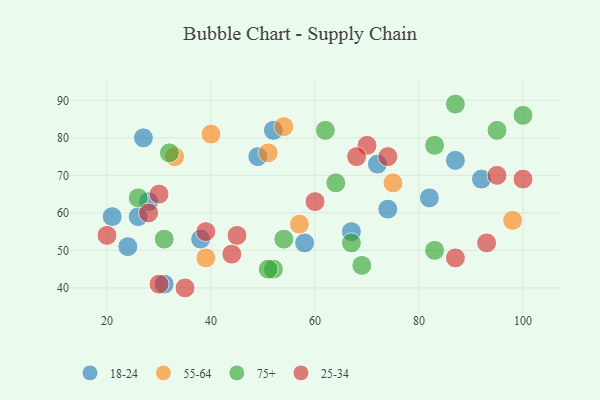
{"axis": {"x": "GDP", "y": "Life Expectancy"}, "legend": ["18-24", "25-34", "55-64", "75+"], "data": [{"x": "24", "y": 51, "type": "18-24"}, {"x": "72", "y": 73, "type": "18-24"}, {"x": "31", "y": 41, "type": "18-24"}, {"x": "58", "y": 52, "type": "18-24"}, {"x": "28", "y": 63, "type": "18-24"}, {"x": "52", "y": 82, "type": "18-24"}, {"x": "92", "y": 69, "type": "18-24"}, {"x": "21", "y": 59, "type": "18-24"}, {"x": "67", "y": 55, "type": "18-24"}, {"x": "82", "y": 64, "type": "18-24"}, {"x": "27", "y": 80, "type": "18-24"}, {"x": "87", "y": 74, "type": "18-24"}, {"x": "49", "y": 75, "type": "18-24"}, {"x": "74", "y": 61, "type": "18-24"}, {"x": "38", "y": 53, "type": "18-24"}, {"x": "26", "y": 59, "type": "18-24"}, {"x": "40", "y": 81, "type": "55-64"}, {"x": "39", "y": 48, "type": "55-64"}, {"x": "33", "y": 75, "type": "55-64"}, {"x": "57", "y": 57, "type": "55-64"}, {"x": "75", "y": 68, "type": "55-64"}, {"x": "54", "y": 83, "type": "55-64"}, {"x": "51", "y": 76, "type": "55-64"}, {"x": "98", "y": 58, "type": "55-64"}, {"x": "67", "y": 52, "type": "75+"}, {"x": "32", "y": 76, "type": "75+"}, {"x": "64", "y": 68, "type": "75+"}, {"x": "54", "y": 53, "type": "75+"}, {"x": "52", "y": 45, "type": "75+"}, {"x": "83", "y": 78, "type": "75+"}, {"x": "51", "y": 45, "type": "75+"}, {"x": "100", "y": 86, "type": "75+"}, {"x": "62", "y": 82, "type": "75+"}, {"x": "69", "y": 46, "type": "75+"}, {"x": "95", "y": 82, "type": "75+"}, {"x": "31", "y": 53, "type": "75+"}, {"x": "83", "y": 50, "type": "75+"}, {"x": "26", "y": 64, "type": "75+"}, {"x": "87", "y": 89, "type": "75+"}, {"x": "35", "y": 40, "type": "25-34"}, {"x": "20", "y": 54, "type": "25-34"}, {"x": "28", "y": 60, "type": "25-34"}, {"x": "44", "y": 49, "type": "25-34"}, {"x": "87", "y": 48, "type": "25-34"}, {"x": "70", "y": 78, "type": "25-34"}, {"x": "30", "y": 65, "type": "25-34"}, {"x": "68", "y": 75, "type": "25-34"}, {"x": "74", "y": 75, "type": "25-34"}, {"x": "60", "y": 63, "type": "25-34"}, {"x": "100", "y": 69, "type": "25-34"}, {"x": "93", "y": 52, "type": "25-34"}, {"x": "95", "y": 70, "type": "25-34"}, {"x": "39", "y": 55, "type": "25-34"}, {"x": "45", "y": 54, "type": "25-34"}, {"x": "30", "y": 41, "type": "25-34"}]}